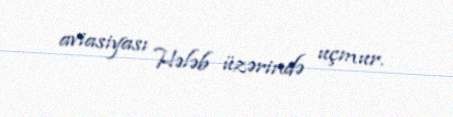
aviasiyası Hələb üzərində uçmur.